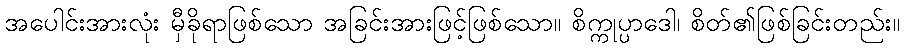
အပေါင်းအားလုံး မှီခိုရာဖြစ်သော အခြင်းအားဖြင့်ဖြစ်သော။ စိက္ကုပ္ပာဒေါ၊ စိတ်၏ဖြစ်ခြင်းတည်း။